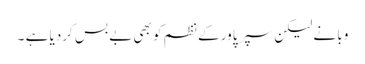
وبا نے لیکن سپر پاور کے نظم کو بھی بے بس کردیا ہے ۔